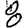
Digit: 8